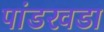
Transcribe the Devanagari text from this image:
पांडरवडा